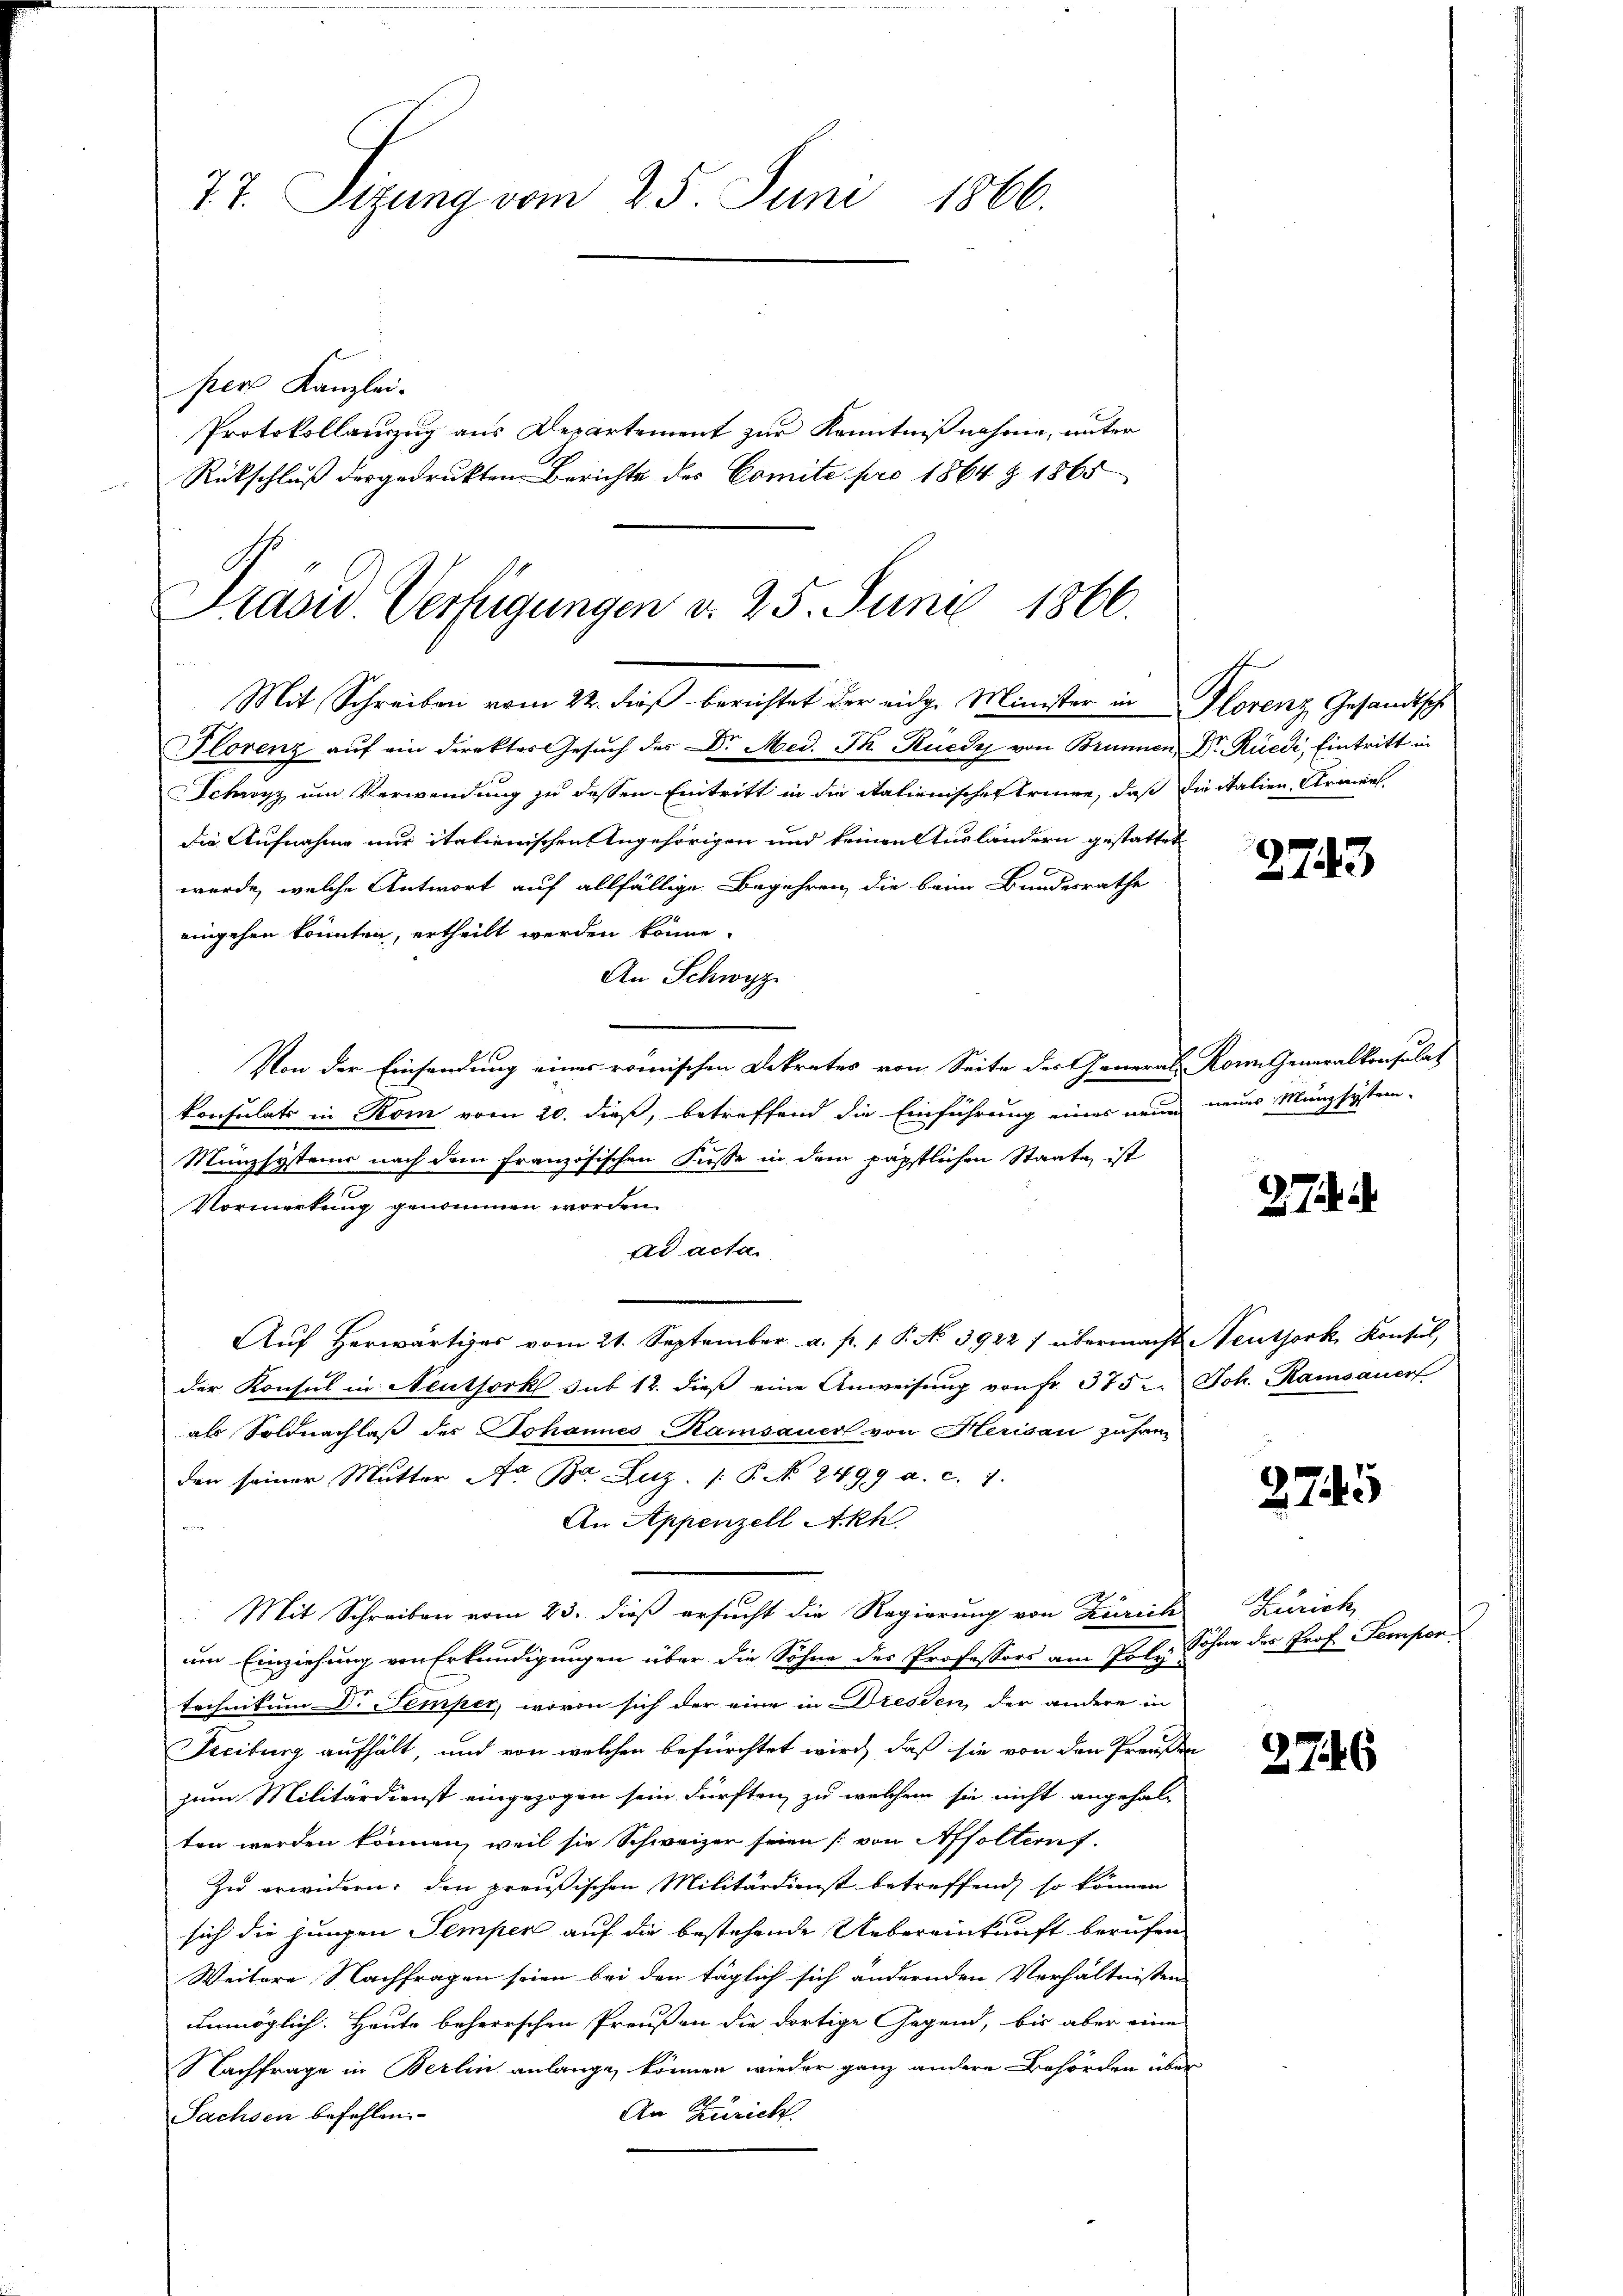
7.7. Stzung vom 25. Juni 1866.

per Kanzlei.
Protokollauszug aus Departement zur Kenntnißnahme, unter
Rückschluß der gedruckten Berichte des Comite pro 1864 § 1865

Präsid Verfügungen d. 25. Juni 1866.
Mit Schreiben vom 22. dieß berichtet der eidg. Minister in Florenz Gesandtsche

Florenz aŭf ein direktes Gesŭch des Dr. Med. J. Rüedy von Brunnen Dr. Rüedi, Eintritt in
Schwyz um Verwendung zu dessen Eintritt in die italienischer treuen, daß die italien Armens
die Aufnahme nur italienischen Angehörigen und keinen Ausländern gestattet
werde, welche Antwort auf allfällige Begehren die beim Bundesrathe
eingehen könnten, ertheilt werden könne.
An Schwyz
Von der Einsendung eines römischen Dekretes von Seite der Generals Kon. Generalkonsulat
konsulats in Rom vom 20. dieß, betreffend die Einführung eines neuen neues Münzsystem-
Münzsystems nach dem französischen Fusse in dem päpstlichen Staate ist
Vormerkung genommen worden.
ad acta.
Aŭf herwärtiges vom 21. September a. f. 1 P. No 3922 7 übermacht Neuthork, Konsul,
der Konsul in Neuthork sub 12. dieβ eine Anweisung von fr. 375. Joh. Ramsauer
als Soldnachlaß des Johannes Kamsauer von Herisau zuhren
den seiner Mŭtter A. Br. Luz. |: P. No. 2499 a. c. 7.
An Appenzell Akh.
e
Mit Schreiben vom 23. dieß ersucht die Regierung von Zürich
um Einziehung von Erkundigungen über die Söhne des Professors am Poly-
technikum Dr. Semper, wovon sich der eine in Dresden, der andere in
Freiburg aufhält, und von welchen befürchtet wird, daß sie von den Preußen
zum Militärdienst eingezogen sein dürften, zu welchem sie nicht angehalten werden können, weil sie Schweizer seien [von Affolternf
Zu erwidern, den preußischen Militärdienst betreffend, so können
sich die jungen Semper auf die bestehende Uebereinkunft berufen
Weitere Nachfragen seien bei den täglich sich ändernden Verhältnissen
unmöglich. Heute beherrschen Preußen die dortige Gegend, bis aber eine
Nachfrage in Berlin anlange, können wieder ganz andere Behörden über
An Zürich.
Sachsen befehlen.

2743

27 i

2745

Zürich
Sohne des Prof. Temper

2746